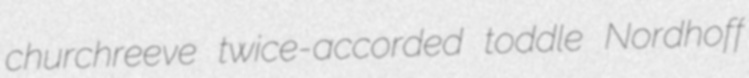
churchreeve twice-accorded toddle Nordhoff